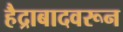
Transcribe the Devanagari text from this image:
हैद्राबादवरून